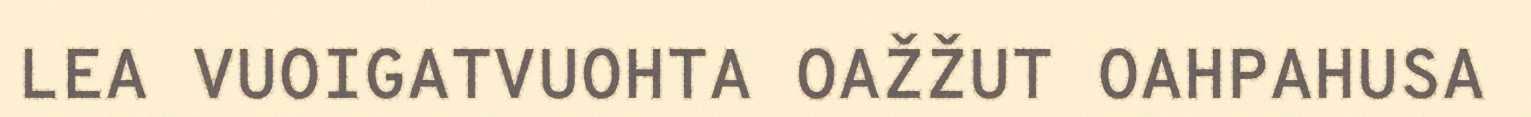
LEA VUOIGATVUOHTA OAŽŽUT OAHPAHUSA